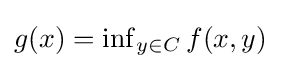
g(x)=\inf \nolimits _{y\in C}f(x,y)